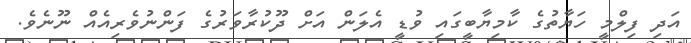
އަދި ފިލްމީ ހަޔާތުގެ ކާމިޔާބީގައި ވުޑީ އެލަން އަށް ދޫކުރާވަރުގެ ފަންނުވެރިއެއް ނޫނެވެ.